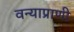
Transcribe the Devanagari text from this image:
वन्याप्राणी